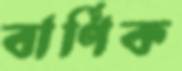
বার্ণিক